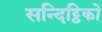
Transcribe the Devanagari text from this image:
सन्दिट्ठिको